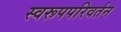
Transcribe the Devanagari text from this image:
स्वरूपपरिवर्तन